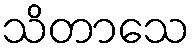
သိတာသေ